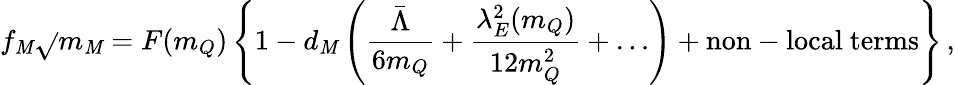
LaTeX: f_{\mathit{M}}\sqrt{}{{m_{\mathit{M}}}}=F(m_{Q})\left\{ 1-d_{\mathit{M}}\left(\frac{{\bar{{\Lambda}}}}{{6m_{Q}}}+\frac{{\lambda_{E}^{2}(m_{Q})}}{{12m_{Q}^{2}}}+\dots\right)+\mathrm{{non-local~terms}}\right\} \, ,